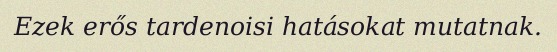
Ezek erős tardenoisi hatásokat mutatnak.